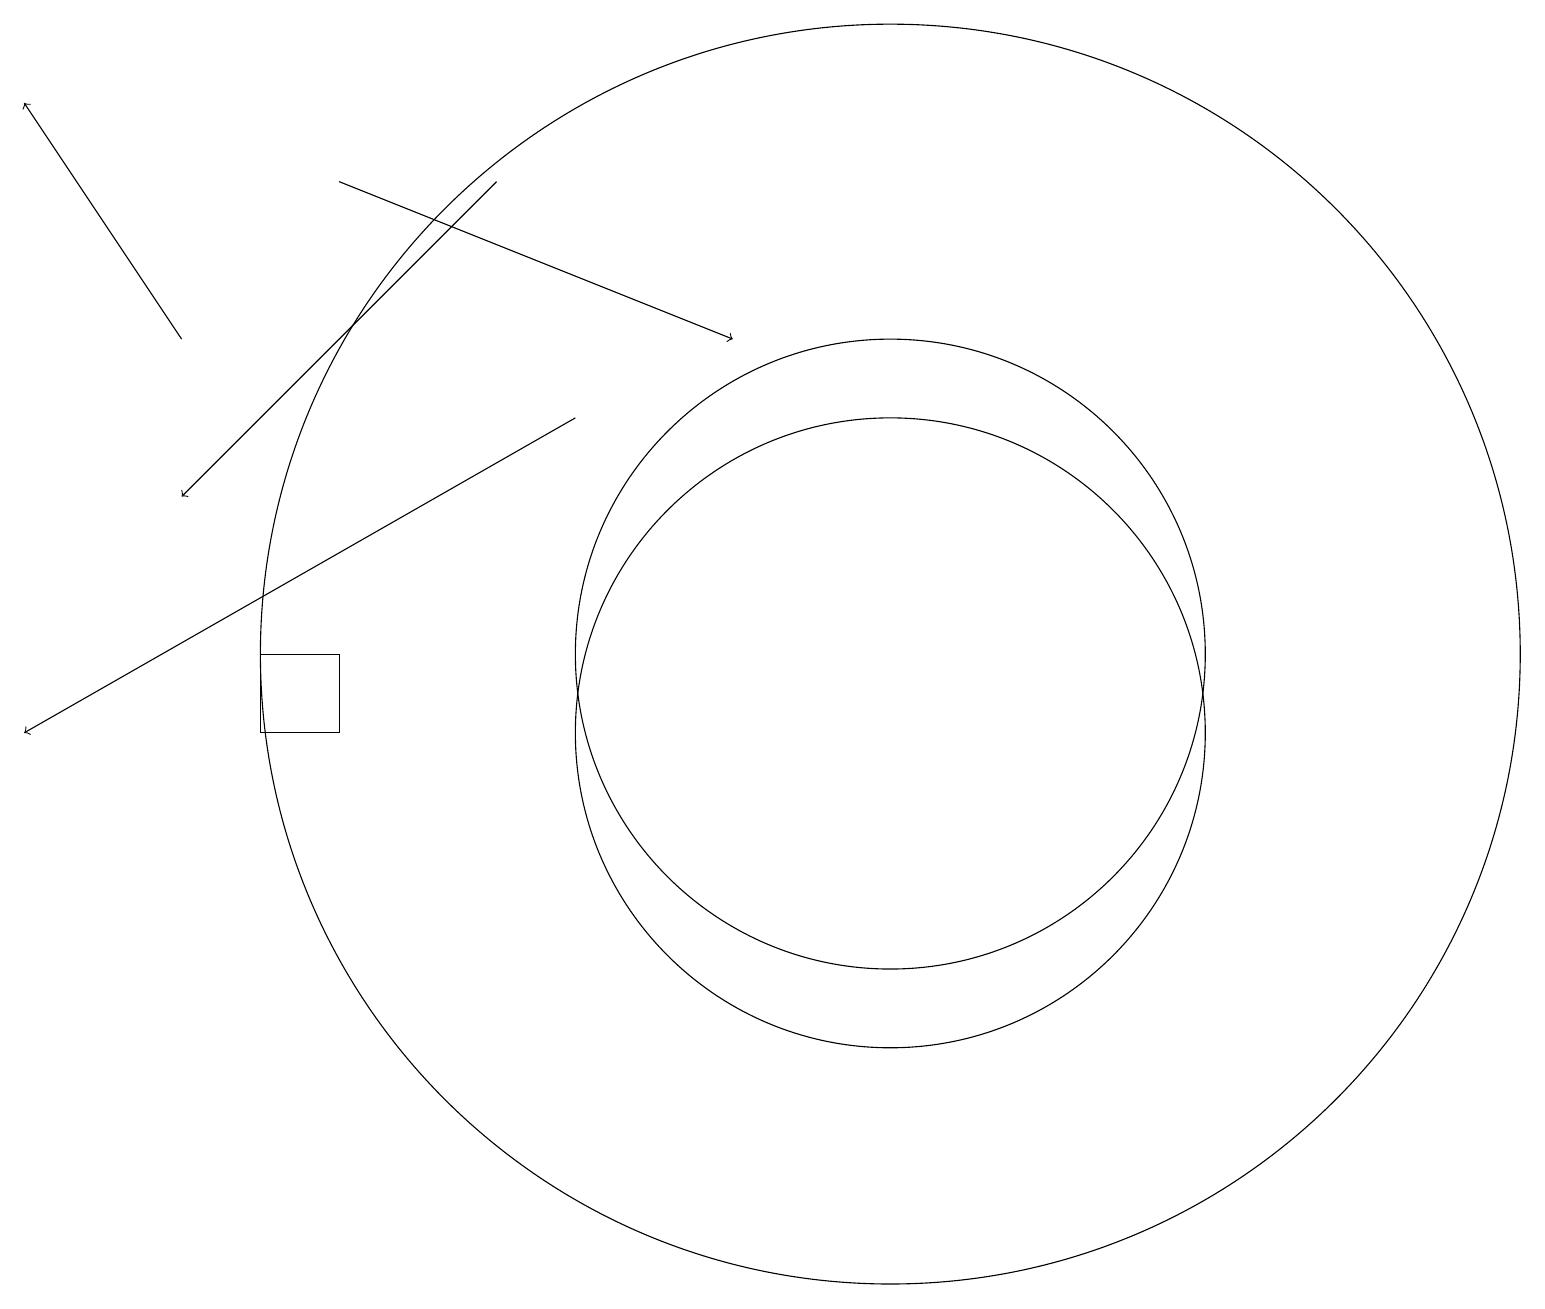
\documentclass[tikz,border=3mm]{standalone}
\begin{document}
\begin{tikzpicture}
\draw (11,11) circle (4);
\draw (11,11) circle (8);
\draw (11,10) circle (4);
\draw (4,10) rectangle (3,11);
\draw[->] (7,14) -- (0,10);
\draw[->] (6,17) -- (2,13);
\draw[->] (4,17) -- (9,15);
\draw[->] (2,15) -- (0,18);
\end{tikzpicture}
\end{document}